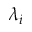
\lambda _ { i }